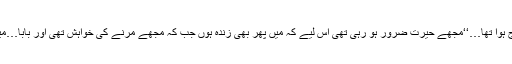
’’مجھے برین ہیمبرج ہوا تھا…‘‘مجھے حیرت ضرور ہو رہی تھی اس لیے کہ میں پھر بھی زندہ ہوں جب کہ مجھے مرنے کی خواہش تھی اور بابا…میں کل سے یہاں تھی۔